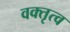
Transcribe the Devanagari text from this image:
वक्‍तृत्‍व